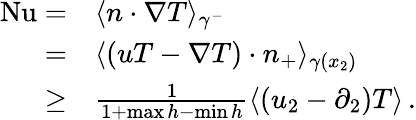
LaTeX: \begin{array}{rl}{\mathrm{{Nu}}=}&{\langle n\cdot\nabla T\rangle_{\gamma^{-}}}\\ {=}&{\langle(uT-\nabla T)\cdot n_{+}\rangle_{\gamma(x_{2})}}\\ {\geq}&{\frac{1}{1+\operatorname*{max}h-\operatorname*{min}h}\langle(u_{2}-\partial_{2})T\rangle\, .}\end{array}